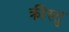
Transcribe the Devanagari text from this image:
क्रीस्तु